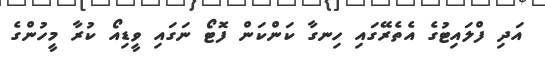
އަދި ފްލައިޓުގެ އެތެރޭގައި ހިނގާ ކަންކަން ފޮޓޯ ނަގައި ވީޑިއޯ ކުރާ މީހުންގެ